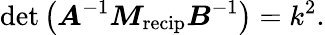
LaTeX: \operatorname*{det}\left(\boldsymbol{A}^{-1}\boldsymbol{M}_{\mathrm{recip}}\boldsymbol{B}^{-1}\right)=k^{2}.